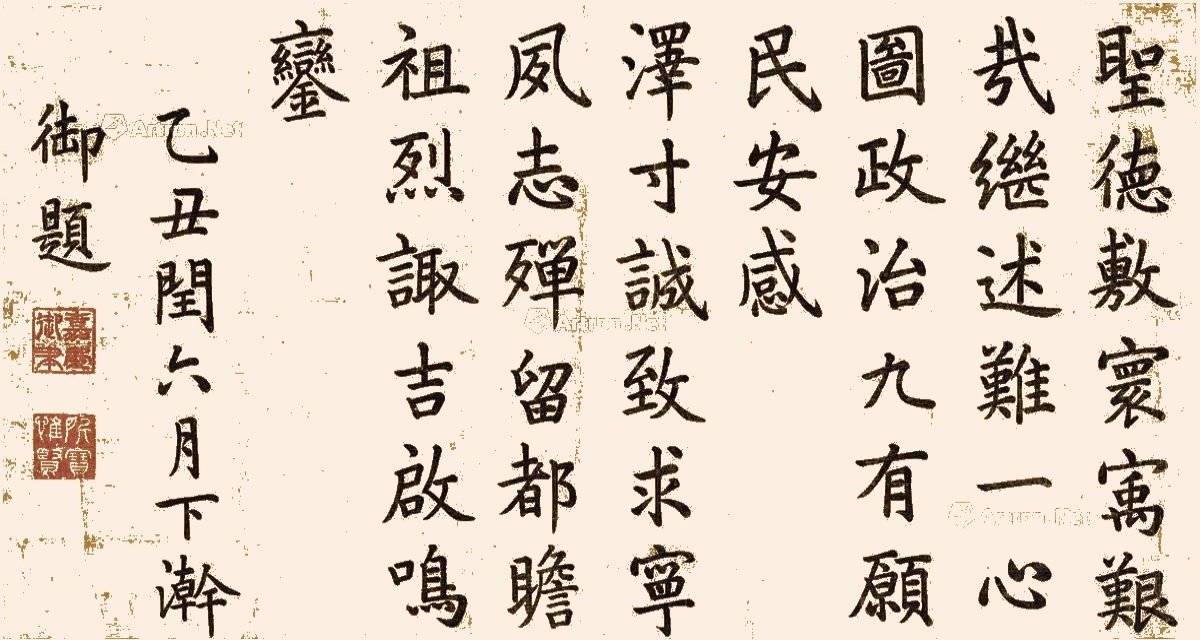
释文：圣德敷寰宇，艰哉继述难。一心图政治，九有愿民安。感泽寸诚致，求宁夙志殚。留都瞻祖烈，诹吉启鸣鸾。乙丑闰六月下澣，御题。